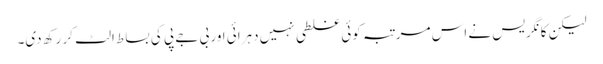
لیکن کانگریس نے اس مرتبہ کوئی غلطی نہیں دہرائی اور بی جے پی کی بساط الٹ کر رکھ دی۔